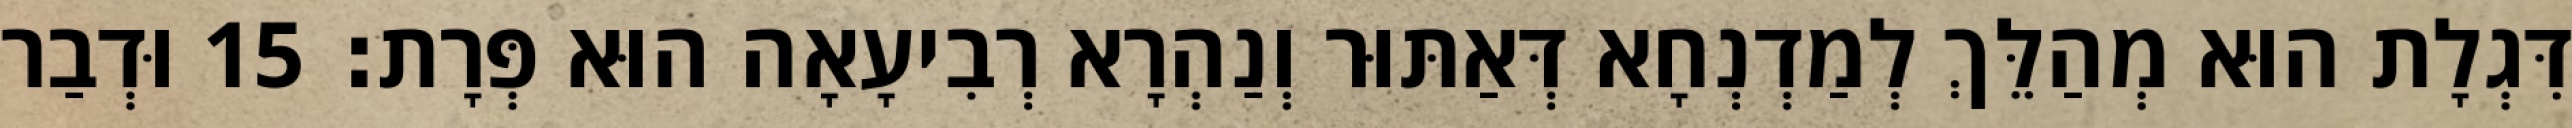
דִּגְלָת הוּא מְהַלֵּךְ לְמַדְנְחָא דְּאַתּוּר וְנַהְרָא רְבִיעָאָה הוּא פְּרָת׃ 15 וּדְבַר